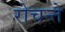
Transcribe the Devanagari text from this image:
रोचन्ते